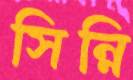
সিন্নি